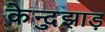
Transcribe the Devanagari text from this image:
केन्दुझाड़